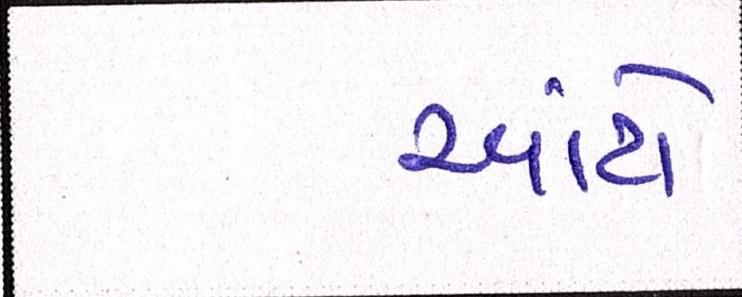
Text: આંટો